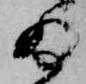
ゐ